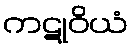
ကဋုဝိယံ